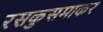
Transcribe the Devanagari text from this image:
रसकुसमाकर